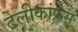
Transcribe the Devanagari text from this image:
टेलीकांफ्रेंस